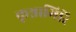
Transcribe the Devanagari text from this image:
कृश्नागिरि